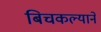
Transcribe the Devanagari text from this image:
बिचकल्याने